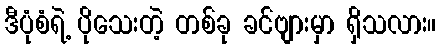
ဒီပုံစံရဲ့ ပိုသေးတဲ့ တစ်ခု ခင်ဗျားမှာ ရှိသလား။